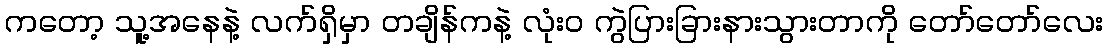
ကတော့ သူ့အနေနဲ့ လက်ရှိမှာ တချိန်ကနဲ့ လုံးဝ ကွဲပြားခြားနားသွားတာကို တော်တော်လေး